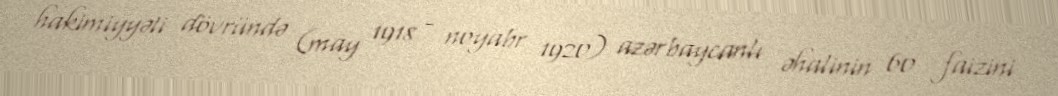
hakimiyyəti dövründə (may 1918 - noyabr 1920) azərbaycanlı əhalinin 60 faizini